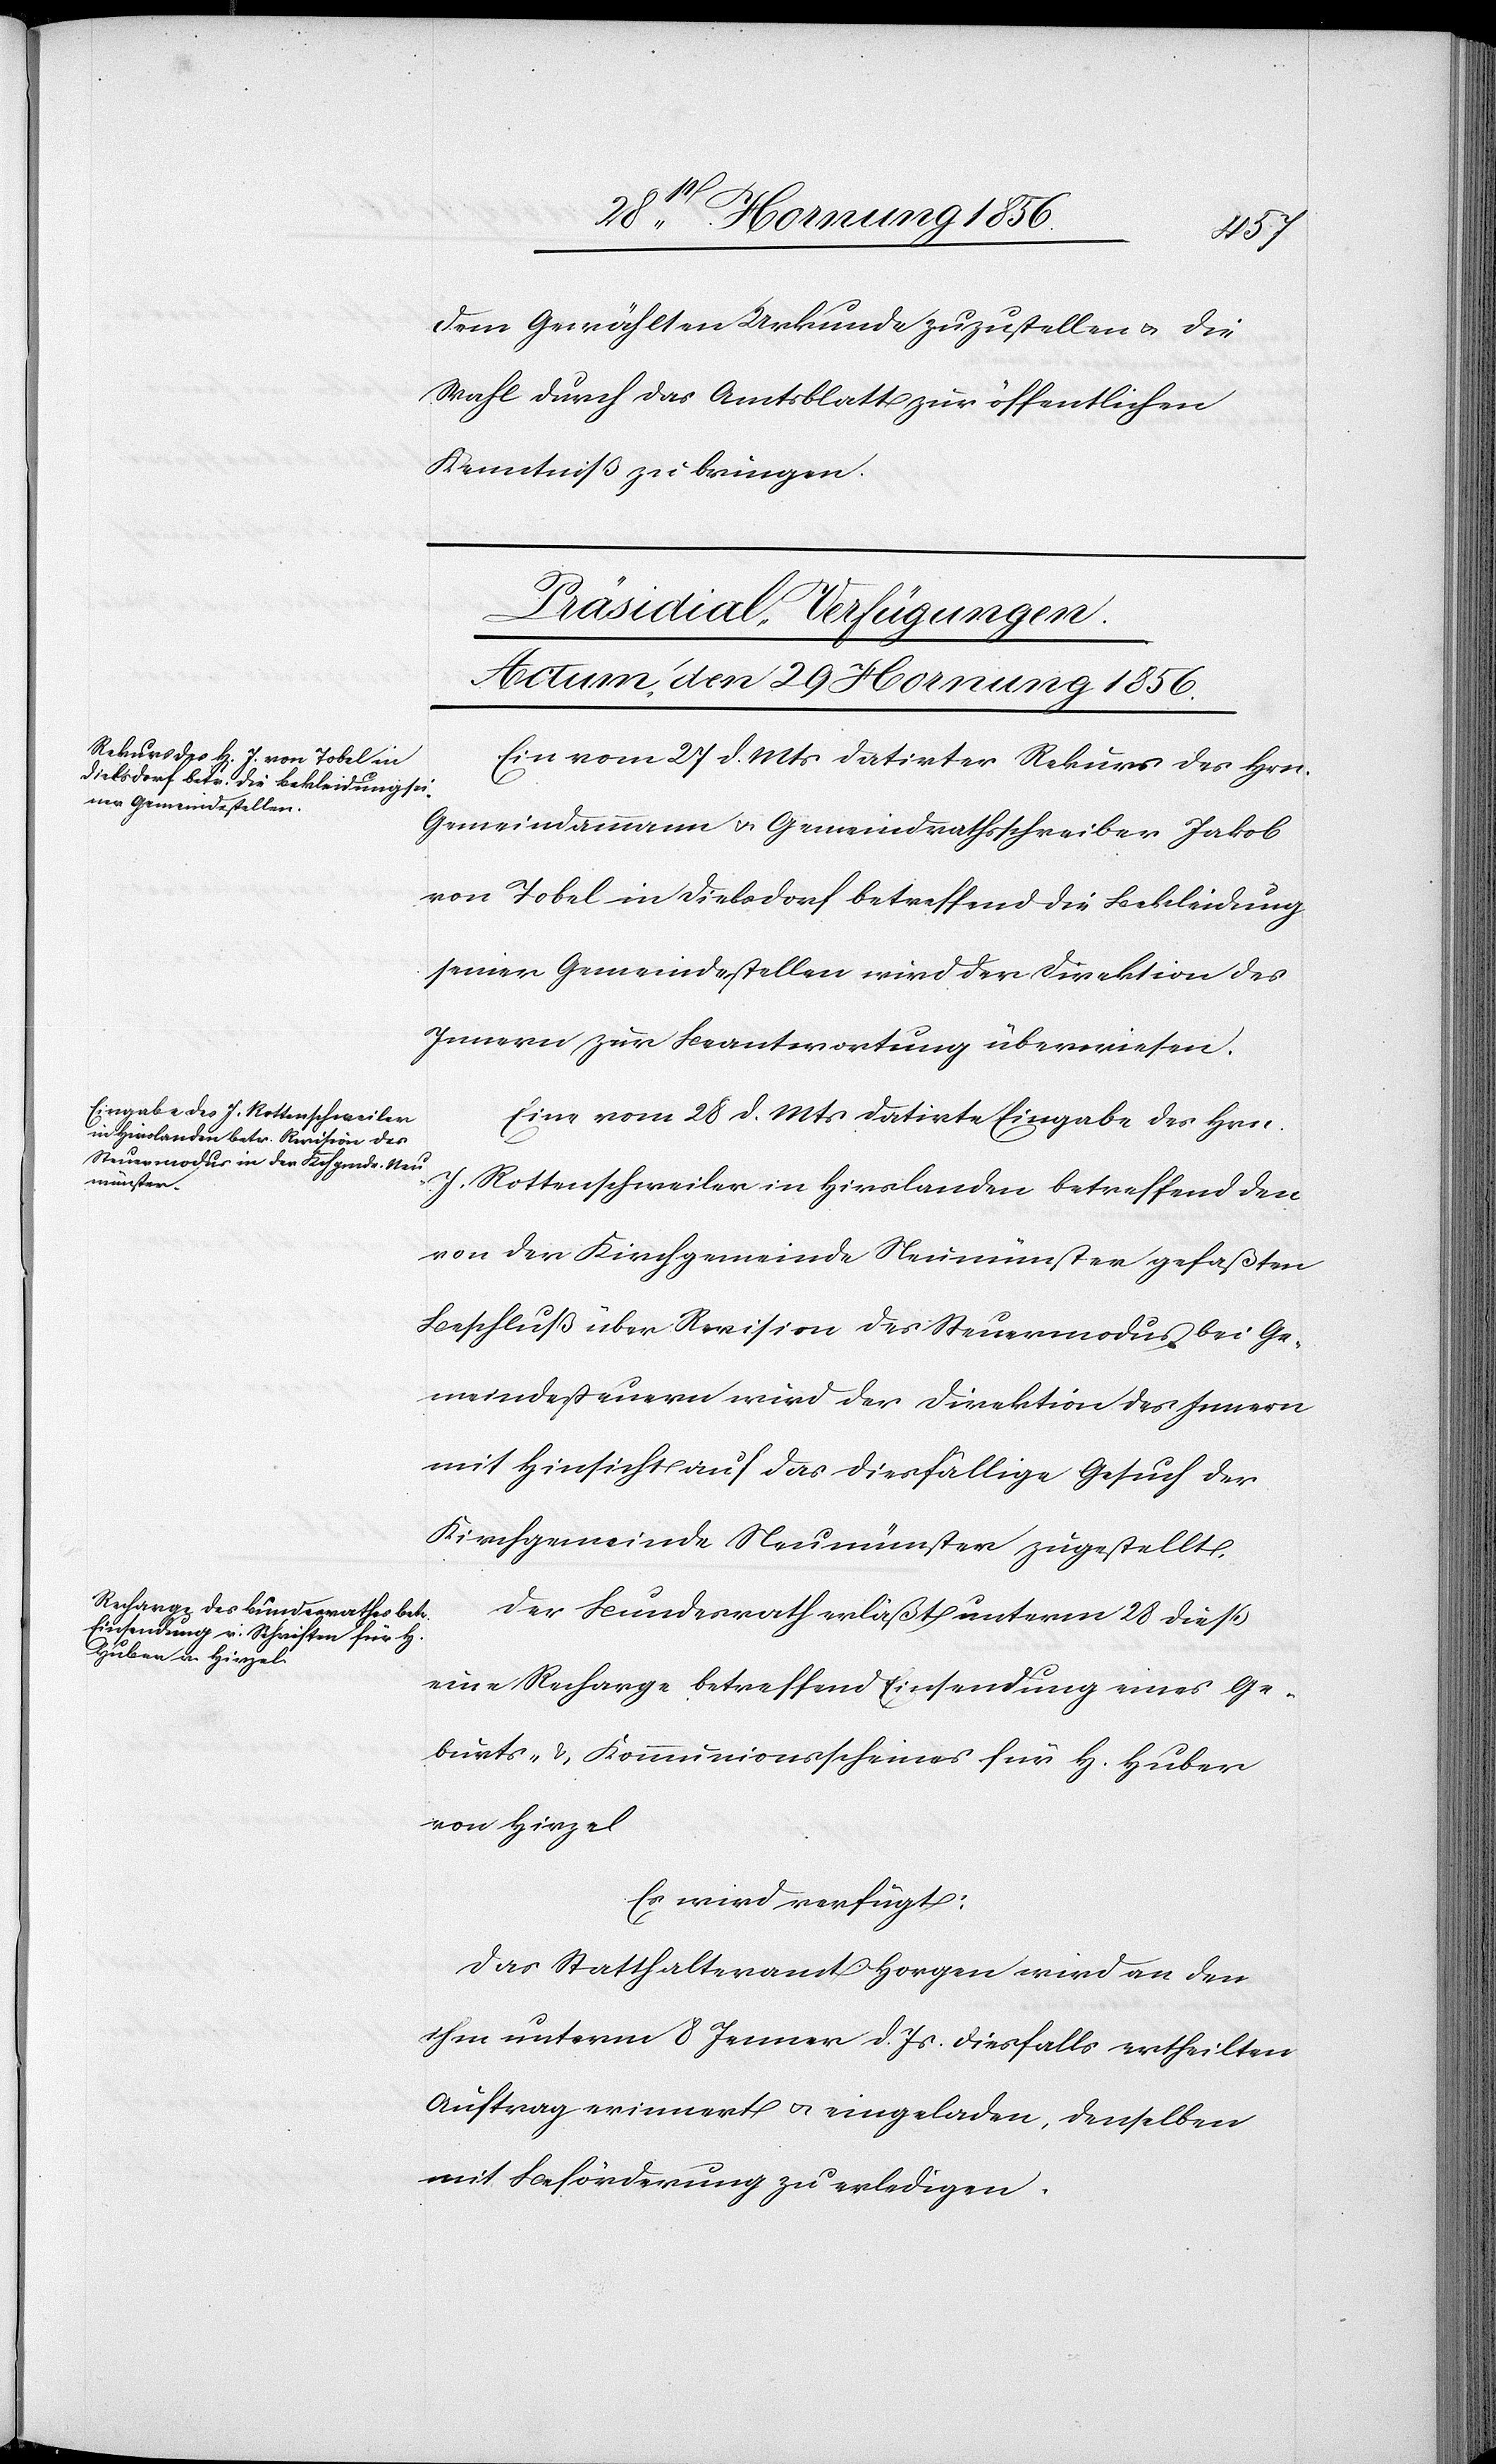
dem Gewählten Urkunde zuzustellen u. die
Wahl durch das Amtsblatt zur öffentlichen
Kenntniß zu bringen.
[Präsidial-Verfügungen.
Actum, den 29 Hornung 1856.]
Ein vom 27 d. Mts datirter Rekurs des Hrn.
Gemeindammann u. Gemeindrathsschreiber Jakob
von Tobel in Dielsdorf betreffend die Bekleidung
seiner Gemeindestellen wird der Direktion des
Innern zur Beantwortung überwiesen.
Eine vom 28 d. Mts datirte Eingabe des Hrn.
J. Rottenschweiler in Hirslanden betreffend den
von der Kirchgemeinde Neumünster gefaßten
Beschluß über Revision des Steuermodus bei Ge¬
meindesteuern wird der Direktion des Innern
mit Hinsicht auf das diesfällige Gesuch der
Kirchgemeinde Neumünster zugestellt.
Der Bundesrath erläßt unterm 28 dieß
eine Recharge betreffend Einsendung eines Ge¬
burts- & Kommunionsscheines für H. Huber
von Hirzel
Es wird verfügt:
Das Statthalteramt Horgen wird an den
ihm unterm 8 Jenner d. Js. diesfalls ertheilten
Auftrag erinnert u. eingeladen, denselben
mit Beförderung zu erledigen.